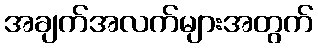
အချက်အလက်များအတွက်